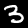
Label: 3